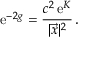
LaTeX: \mathrm { e } ^ { - 2 g } = { \frac { c ^ { 2 } \, \mathrm { e } ^ { { \cal K } } } { | \vec { x } | ^ { 2 } } } \, .